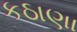
કઠાણા